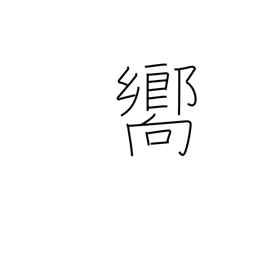
Meaning: guide